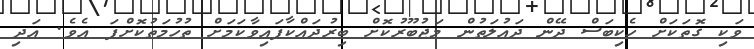
ވަކި ގޮތަކަށް ހެކިބަސް ދޭން ދައުލަތުން މަޖުބޫރުކޮށް ބިރުދައްކާފައިވާކަމަށް ތުހުމަތުކޮށްފަ އެވެ. އަދި